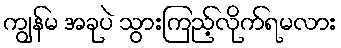
ကျွန်မ အခုပဲ သွားကြည့်လိုက်ရမလား